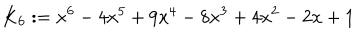
LaTeX: K _ { 6 } : = x ^ { 6 } - 4 x ^ { 5 } + 9 x ^ { 4 } - 8 x ^ { 3 } + 4 x ^ { 2 } - 2 x + 1